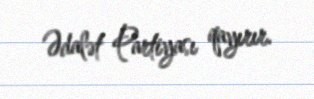
Ədalət Partiyası qayırır.